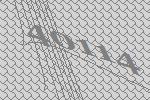
40114